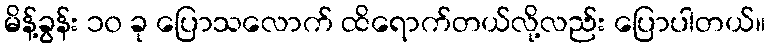
မိန့်ခွန်း ၁၀ ခု ပြောသလောက် ထိရောက်တယ်လို့လည်း ပြောပါတယ်။